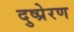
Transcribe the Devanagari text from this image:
दुष्प्रेरण